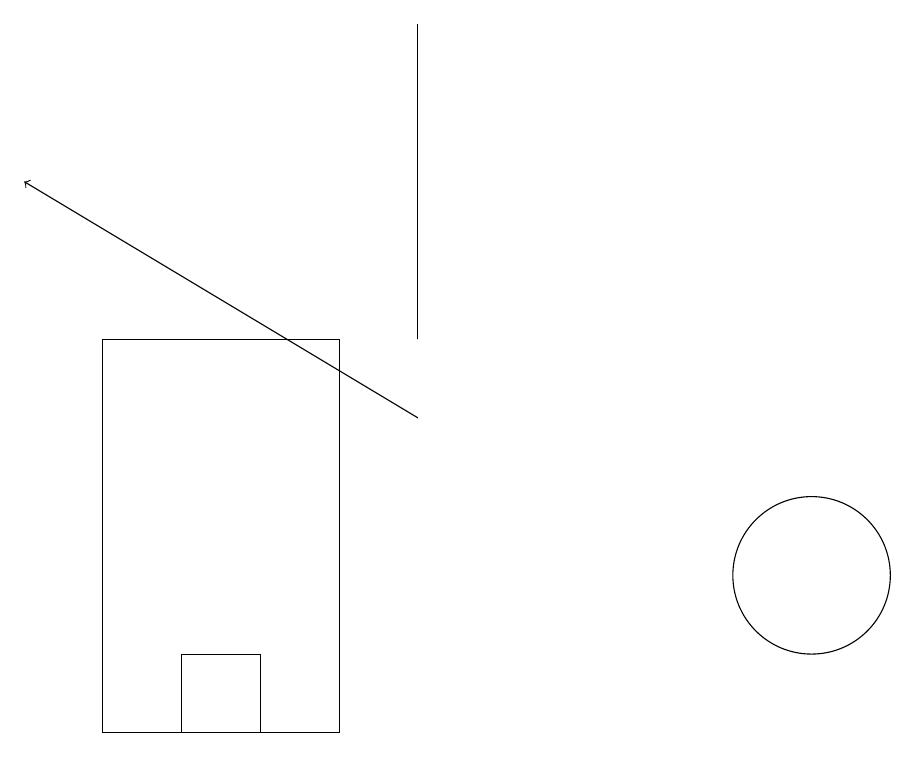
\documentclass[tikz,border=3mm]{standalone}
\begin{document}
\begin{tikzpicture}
\draw (3,15) rectangle (6,10);
\draw (5,11) rectangle (4,10);
\draw[->] (7,14) -- (2,17);
\draw (12,12) circle (1);
\draw (7,19) rectangle (7,15);
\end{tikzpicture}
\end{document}